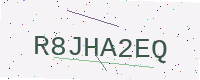
Text: R8JHA2EQ